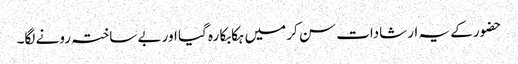
حضور کے یہ ارشادات سن کر میں ہکابکا رہ گیا اور بے ساختہ رونے لگا۔